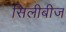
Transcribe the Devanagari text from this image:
सिलीबीज